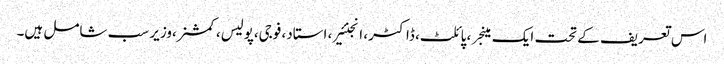
اس تعریف کے تحت ایک مینجر ، پائلٹ، ڈاکٹر، انجنئیر، استاد، فوجی،پولیس، کمشنر،وزیر سب شامل ہیں۔